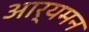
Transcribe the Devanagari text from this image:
आर्यमन